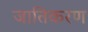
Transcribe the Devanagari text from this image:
जातिकरण